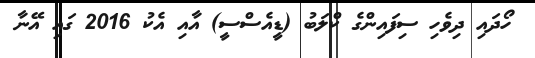
ހޯދައި ދިވެހި ސިފައިންގެ ކްލަބު (ޑީއެސްސީ) އާއި އެކު 2016 ގައި އޭނާ